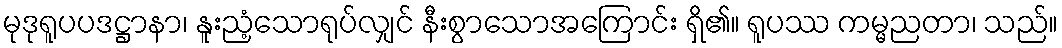
မုဒုရူပပဒဋ္ဌာနာ၊ နူးညံ့သောရုပ်လျှင် နီးစွာသောအကြောင်း ရှိ၏။ ရူပဿ ကမ္မညတာ၊ သည်။